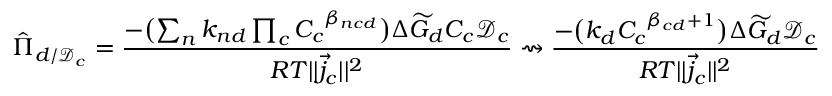
\hat { \Pi } _ { d / \mathcal { D } _ { c } } = \frac { - \bigl ( \sum _ { n } k _ { n d } \prod _ { c } { C _ { c } } ^ { \beta _ { n c d } } \bigr ) \Delta \widetilde { G } _ { d } C _ { c } \mathcal { D } _ { c } } { R T | | \vec { j } _ { c } | | ^ { 2 } } \rightsquigarrow \frac { - \bigl ( k _ { d } { C _ { c } } ^ { \beta _ { c d } + 1 } \bigr ) \Delta \widetilde { G } _ { d } \mathcal { D } _ { c } } { R T | | \vec { j } _ { c } | | ^ { 2 } }